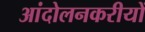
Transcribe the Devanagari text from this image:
आंदोलनकरीयों